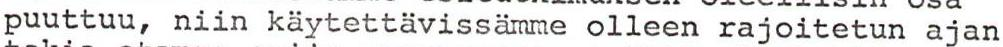
puuttuu, niin käytettävissämme olleen rajoitetun ajan